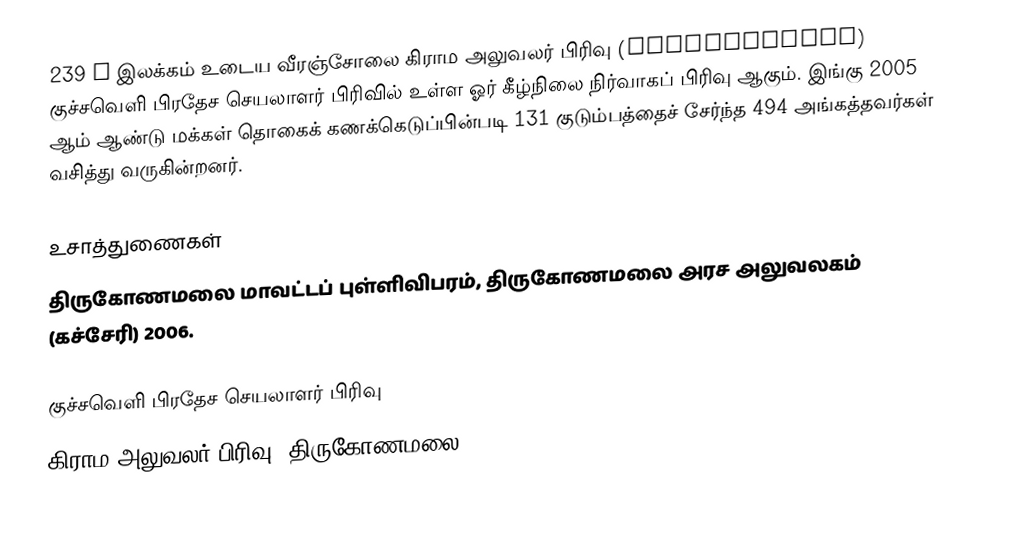
239 B இலக்கம்  உடைய வீரஞ்சோலை கிராம அலுவலர் பிரிவு (Veerancholai) குச்சவெளி பிரதேச செயலாளர் பிரிவில் உள்ள ஓர் கீழ்நிலை நிர்வாகப் பிரிவு ஆகும். இங்கு 2005 ஆம் ஆண்டு மக்கள் தொகைக் கணக்கெடுப்பின்படி 131 குடும்பத்தைச் சேர்ந்த 494 அங்கத்தவர்கள் வசித்து வருகின்றனர்.

உசாத்துணைகள்
திருகோணமலை மாவட்டப் புள்ளிவிபரம்,  திருகோணமலை அரச அலுவலகம் (கச்சேரி) 2006.

குச்சவெளி பிரதேச செயலாளர் பிரிவு
கிராம அலுவலர் பிரிவு (திருகோணமலை)